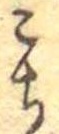
こち